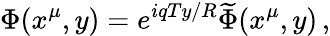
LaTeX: \Phi(x^{\mu},y)=e^{iqTy/R}\widetilde\Phi(x^{\mu},y)\, ,